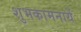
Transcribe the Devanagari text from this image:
शुभकामनायें